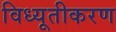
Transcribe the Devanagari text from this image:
विध्यूतीकरण